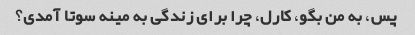
پس، به من بگو، کارل، چرا برای زندگی به مینه سوتا آمدی؟